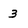
Character: 3